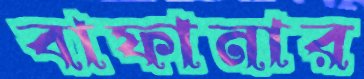
বাফানার